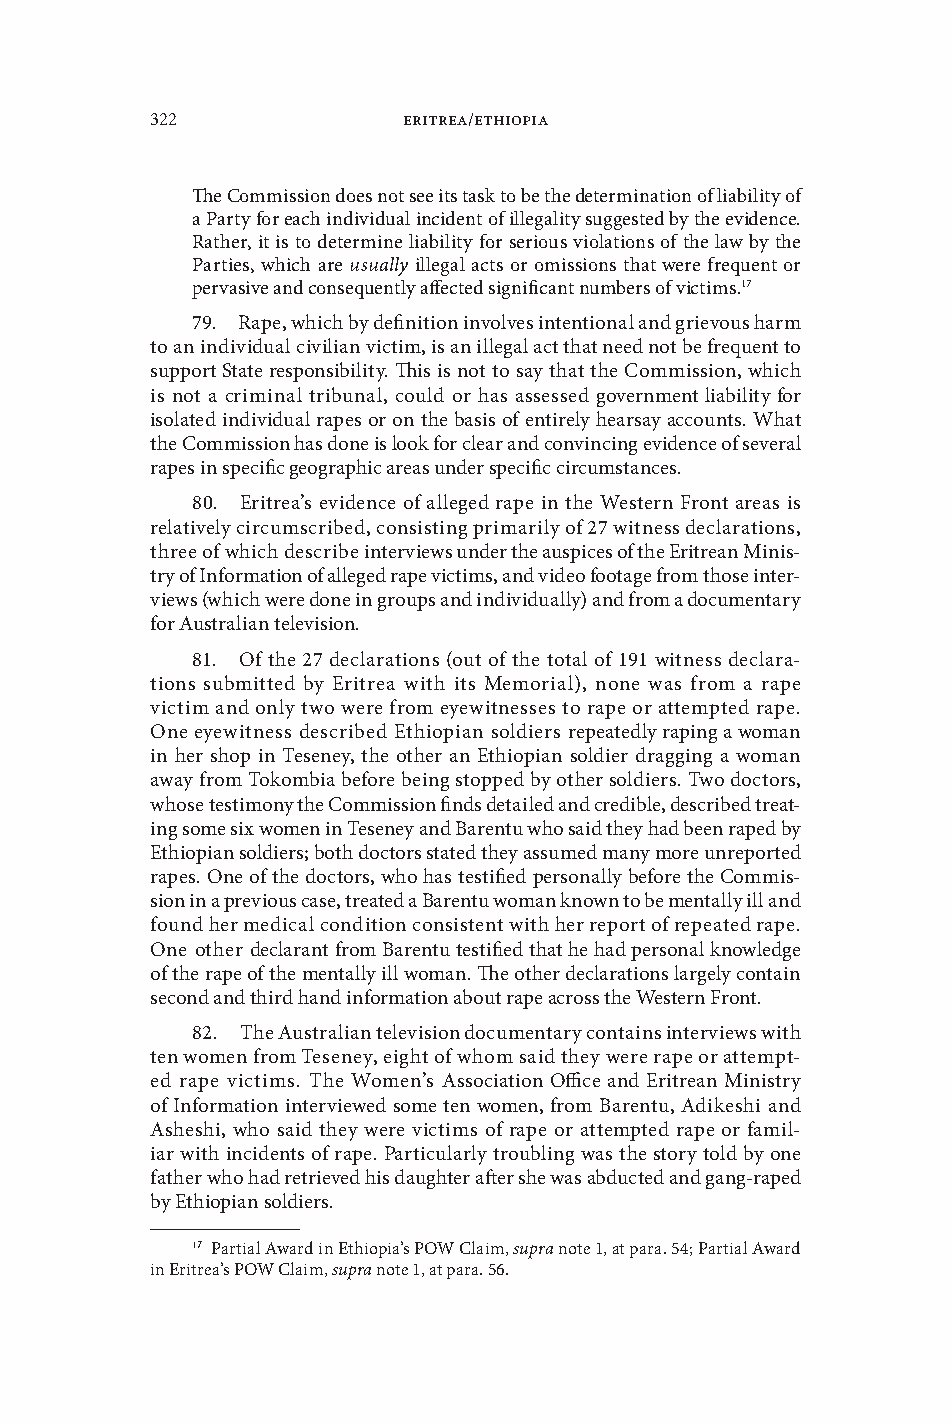
322              Eritrea/Ethiopia
 The Commission does not see its task to be the determination of liability of
 a Party for each indiidual incident of illegality suggested by the eidence .
 Rather, it is to determine liability for serious iolations of the law by the
 Parties, which are usually illegal acts or omissions that were frequent or
 perasie and consequently affected significant numbers of ictims .17
 79 . Rape, which by definition inoles intentional and grieous harm
 to an indiidual ciilian ictim, is an illegal act that need not be frequent to
 support State responsibility . This is not to say that the Commission, which
 is not a criminal tribunal, could or has assessed goernment liability for
 isolated indiidual rapes or on the basis of entirely hearsay accounts . What
 the Commission has done is look for clear and conincing eidence of seeral
 rapes in specific geographic areas under specific circumstances .
 80 . Eritrea’s eidence of alleged rape in the Western Front areas is
 relatiely circumscribed, consisting primarily of 27 witness declarations,
 three of which describe interiews under the auspices of the Eritrean Minis-
 try of Information of alleged rape ictims, and ideo footage from those inter-
 iews (which were done in groups and indiidually) and from a documentary
 for Australian teleision .
 81 . Of the 27 declarations (out of the total of 191 witness declara-
 tions submitted by Eritrea with its Memorial), none was from a rape
 ictim and only two were from eyewitnesses to rape or attempted rape .
 One eyewitness described Ethiopian soldiers repeatedly raping a woman
 in her shop in Teseney, the other an Ethiopian soldier dragging a woman
 away from Tokombia before being stopped by other soldiers . Two doctors,
 whose testimony the Commission finds detailed and credible, described treat-
 ing some six women in Teseney and Barentu who said they had been raped by
 Ethiopian soldiers; both doctors stated they assumed many more unreported
 rapes . One of the doctors, who has testified personally before the Commis-
 sion in a preious case, treated a Barentu woman known to be mentally ill and
 found her medical condition consistent with her report of repeated rape .
 One other declarant from Barentu testified that he had personal knowledge
 of the rape of the mentally ill woman . The other declarations largely contain
 second and third hand information about rape across the Western Front .
 82 . The Australian teleision documentary contains interiews with
 ten women from Teseney, eight of whom said they were rape or attempt-
 ed rape ictims . The Women’s Association Office and Eritrean Ministry
 of Information interiewed some ten women, from Barentu, Adikeshi and
 Asheshi, who said they were ictims of rape or attempted rape or famil-
 iar with incidents of rape . Particularly troubling was the story told by one
 father who had retrieed his daughter after she was abducted and gang-raped
 by Ethiopian soldiers .
 17 Partial Award in Ethiopia’s POW Claim, supra note 1, at para . 54; Partial Award
 in Eritrea’s POW Claim, supra note 1, at para . 56 .